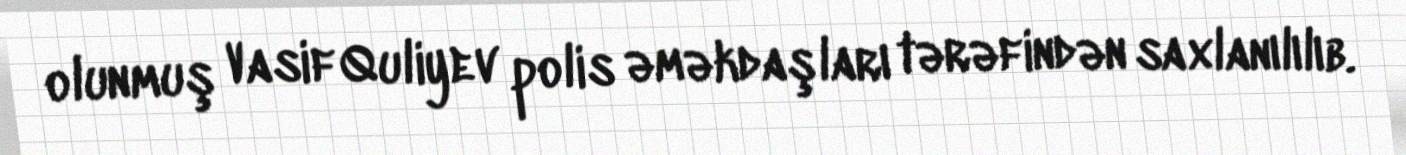
olunmuş Vasif Quliyev polis əməkdaşları tərəfindən saxlanılılıb.